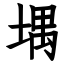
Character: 堣